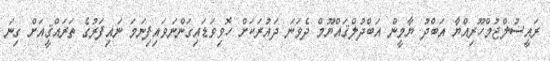
ރައީސުލްޖުމްހޫރިއްޔާ އަބްދު ޔާމީން އަބްދުލްޤައްޔޫމް ދެވަނަ ދައުރަކަށް ހޮވިވަޑައިގަންނަވައިފިނަމަ ނައިފަރުގެ ތަރައްޤީއަށް ގިނަ